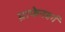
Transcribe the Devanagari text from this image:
ग्राफेनबर्ग